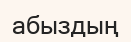
абыздың